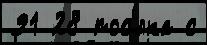
91 28 пос'́лка с